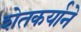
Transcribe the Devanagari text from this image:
शेतकर्याने